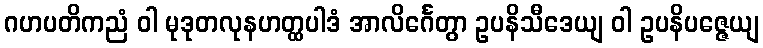
ဂဟပတိကညံ ဝါ မုဒုတလုနဟတ္ထပါဒံ အာလိင်္ဂေတွာ ဥပနိသီဒေယျ ဝါ ဥပနိပဇ္ဇေယျ